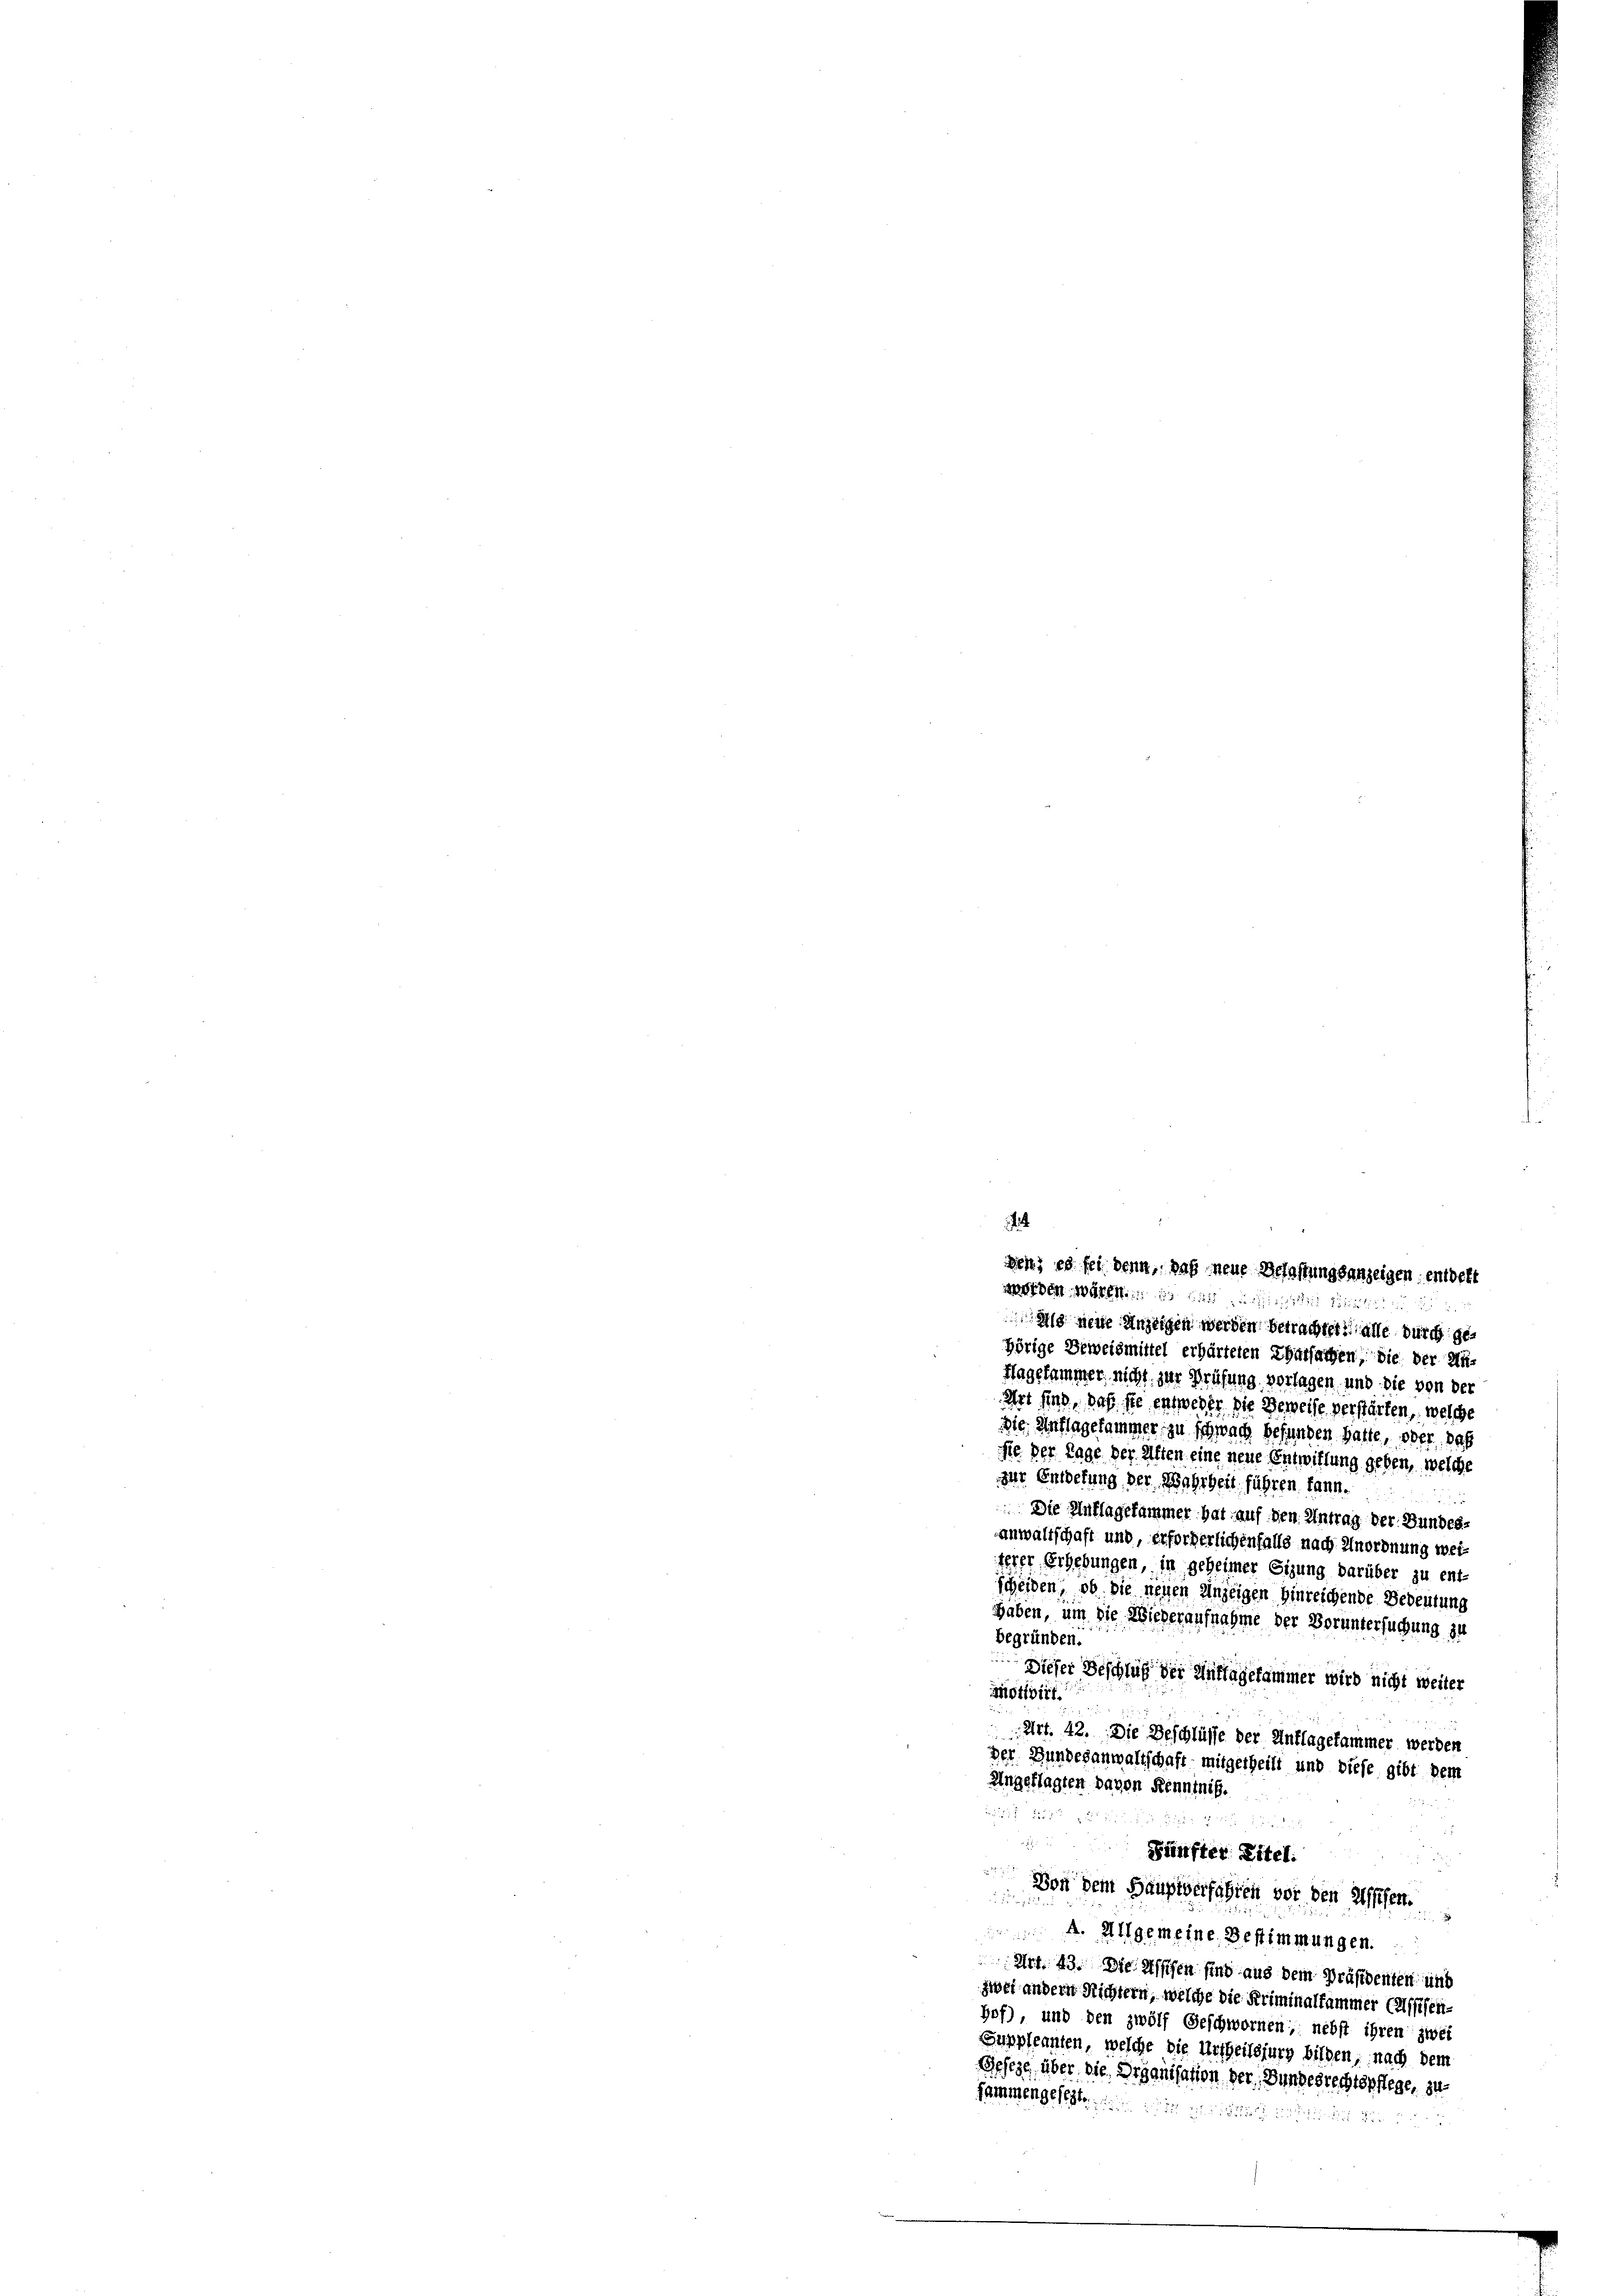
i
den; es sei denn, daß neue Belassungsanzeigen entdekt
werden. Wart. 1 dass de

a neue Anzeigen werden betrachtet: alle durch gehörige Beweismittel erhärteten Charsachen, die der Un¬
Hagesammer nicht zur Prüfung verlagen, und die von der
ehrt sind, daß sie entweder die Beweise verstärten, welche
Die Auflagesammer zu schwach befunden hatte, oder das
fe. Der Tage der Alten eine neue Entwillung geben, welche
zur Entretung der Wahrheit führen kann.
r
Die Auflagekammer hat auf den Antrag der Bundes-
anwaltschaft und, erforderlichenfalls nach Anordnung wei-
terer Erhebungen, in geheimer Sitzung darüber zu ent-
scheiden, ob sie neuen Anzeigen hinreichende Bedeutung
haben, um die Wiederaufnahme der Voruntersuchung zu
begründen.
Dieser Beschluß der Auflagekammer wird nicht weiter
Motivirt.
Art. 42. Die Beschlüsse der Auflagekammer werden
der Bundesanwaltschaft mitgetheilt und diese gibt dem
Angeklagten davon Kenntniß.
d

Fünfter Eitel.
Von dem Hauptverfahren vor den Assisen.
5
 A. Allgemeine Bestimmungen.
Art. 43. Die Aschen sind aus dem Präsidenten und
zwei andern Richtern, welche die Kriminalfammer Caffisen-
Hof), und den zwölf Geschwornen; nebst ihren zwei
Suppleanten, welche die Urtheilsjurg bilden, nach dem
Geseze, über die Organisation der, Bundesrechtspflege, zu
sammengesezt in ein und in de